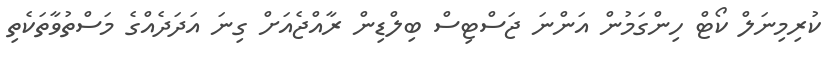
ކުރިމިނަލް ކޯޓް ހިންގަމުން އަންނަ ޖަސްޓިސް ބިލްޑިން ރާއްޖެއަށް ގިނަ އަދަދެއްގެ މަސްތުވާތަކެތި